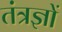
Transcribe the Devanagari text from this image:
तंत्रज्ञों